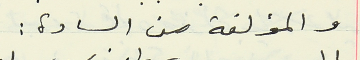
والمؤلفة من السادة :